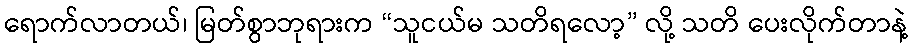
ရောက်လာတယ်၊ မြတ်စွာဘုရားက “သူငယ်မ သတိရလော့” လို့ သတိ ပေးလိုက်တာနဲ့